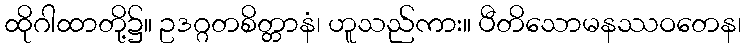
ထိုဂါထာတို့၌။ ဥဒဂ္ဂတစိတ္တာနံ၊ ဟူသည်ကား။ ပီတိသောမနဿဝတေန၊